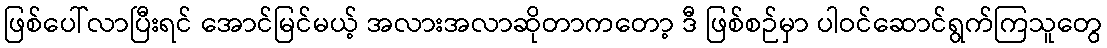
ဖြစ်ပေါ်လာပြီးရင် အောင်မြင်မယ့် အလားအလာဆိုတာကတော့ ဒီ ဖြစ်စဉ်မှာ ပါဝင်ဆောင်ရွက်ကြသူတွေ